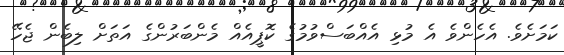
ކަމަށެވެ. އެހެންވެ އެ މުޅި އެއްބަސްވުމުގެ ކޮޕީއެއް މެންބަރުންގެ އަތަށް ލިބެން ޖެހޭ